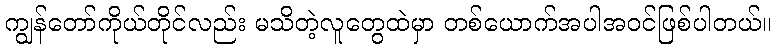
ကျွန်တော်ကိုယ်တိုင်လည်း မသိတဲ့လူတွေထဲမှာ တစ်ယောက်အပါအဝင်ဖြစ်ပါတယ်။